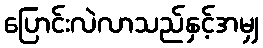
ပြောင်းလဲလာသည်နှင့်အမျှ